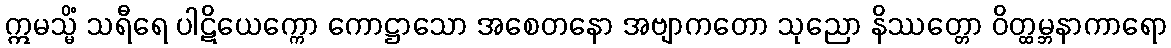
ဣမသ္မိံ သရီရေ ပါဋိယေက္ကော ကောဋ္ဌာသော အစေတနော အဗျာကတော သုညော နိဿတ္တော ဝိတ္ထမ္ဘနာကာရော